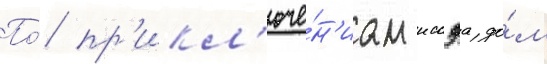
По́ пр'икл'юче́н'иам иссэа до́м